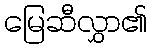
မြေဆီလွှာ၏